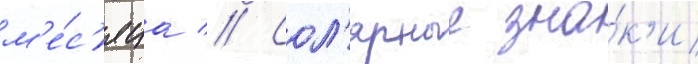
м'е́с'яца // Сол'ярные зна́к'и